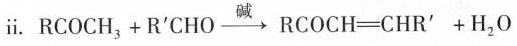
ii.\mathrm{RCOCH}_{3}+\mathrm{R}^{\prime} \mathrm{CHO} \stackrel{\text { 碱 }}{\longrightarrow} \mathrm{RCOCH}=\mathrm{CHR}^{\prime}+\mathrm{H}_{2} \mathrm{O}